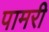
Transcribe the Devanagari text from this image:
पामरी